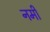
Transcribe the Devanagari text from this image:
नर्मी